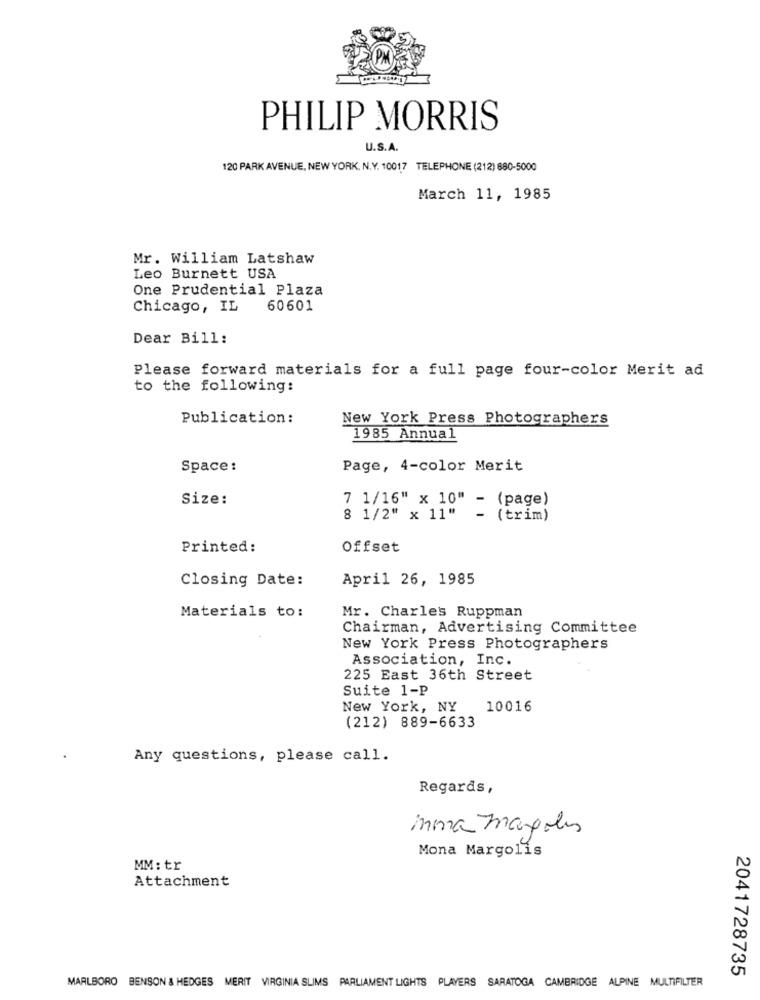
PHILIP MORRIS
U.S.A.
120 PARK AVENUE, NEW YORK, N.Y. 10017 TELEPHONE (212) 880-5000
March 11, 1985
Mr. William Latshaw
Leo Burnett USA
One Prudential Plaza
Chicago, IL
60601
Dear Bill:
Please forward materials for a full page four-color Merit ad
to the following:
Publication:
New York Press Photographers
1985 Annual
Space:
Page, 4-color Merit
Size:
7 1/16" x 10" -
(page)
8 1/2" x 11"
-
(trim)
Printed:
Offset
Closing Date:
April 26, 1985
Materials to:
Mr. Charles Ruppman
Chairman, Advertising Committee
New York Press Photographers
Association, Inc.
225 East 36th Street
Suite 1-P
New York, NY
10016
(212) 889-6633
Any questions, please call.
Regards,
mina margolis
Mona Margolis
MM: tr
Attachment
2041728735
MARLBORO BENSON & HEDGES MERIT VIRGINIA SLIMS PARLIAMENT LIGHTS PLAYERS SARATOGA CAMBRIDGE ALPINE MULTIFILTER